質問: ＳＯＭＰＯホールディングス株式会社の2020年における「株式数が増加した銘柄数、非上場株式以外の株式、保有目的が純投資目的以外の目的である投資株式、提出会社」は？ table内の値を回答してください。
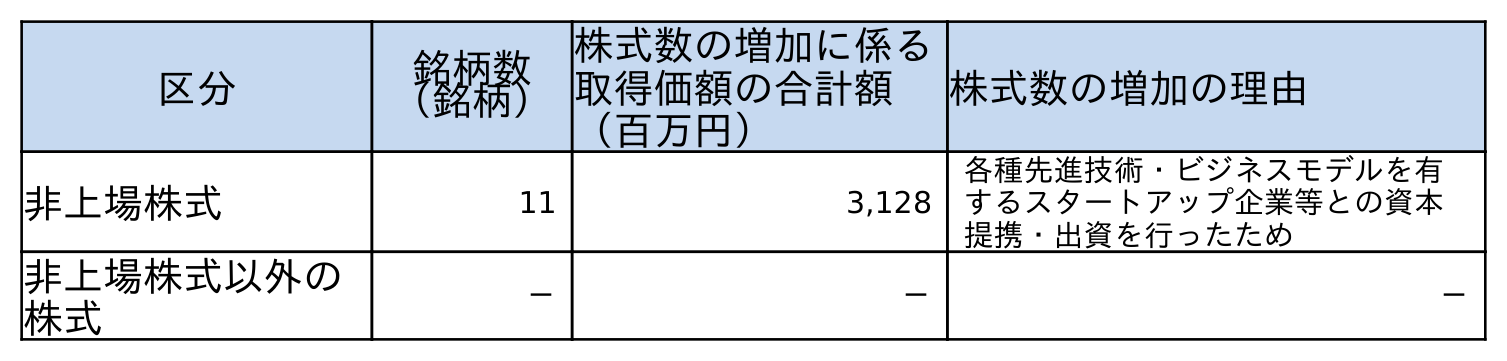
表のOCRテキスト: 区分 銘柄数 （銘柄） 株式数の増加に係る 取得価額の合計額 （百万円） 株式数の増加の理由 非上場株式 11 3,128 各種先進技術・ビジネスモデルを有 するスタートアップ企業等との資本 提携・出資を行ったため 非上場株式以外の 株式 － － －
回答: －